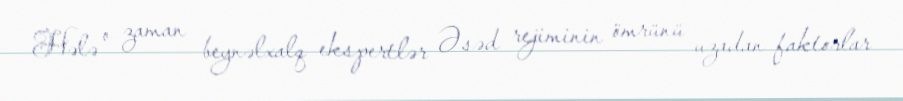
Hələ o zaman beynəlxalq ekspertlər Əsəd rejiminin ömrünü uzadan faktorlar